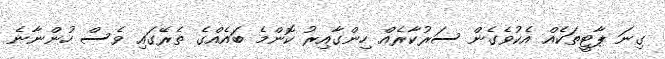
ގިނަ ޕާޓީތަކެއް އެކުވެގެން ސަރުކާރެއް ހިންގާއިރު ކޮންމެ ބައެއްގެ ތެރޭގައި ވެސް ހުންނާނެ